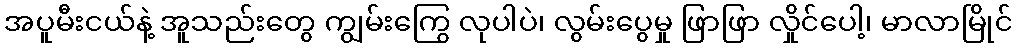
အပူမီးငယ်နဲ့ အူသည်းတွေ ကျွမ်းကြွေ လုပါပဲ၊ လွမ်းပွေမှု ဖြာဖြာ လှိုင်ပေါ့၊ မာလာမြိုင်